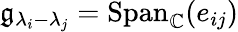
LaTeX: {\mathfrak{g}}_{\lambda_{i}-\lambda_{j}}={\mathrm{Span}}_{\mathbb{C}}(e_{ij})